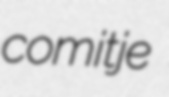
comitje